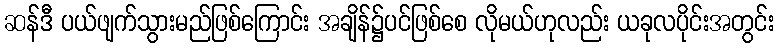
ဆန်ဒီ ပယ်ဖျက်သွားမည်ဖြစ်ကြောင်း အချိန်၌ပင်ဖြစ်စေ လိုမယ်ဟုလည်း ယခုလပိုင်းအတွင်း